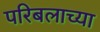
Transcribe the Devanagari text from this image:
परिबलाच्या